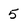
Character: 5